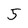
Character: 5